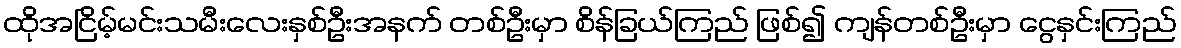
ထိုအငြိမ့်မင်းသမီးလေးနှစ်ဦးအနက် တစ်ဦးမှာ စိန်ခြယ်ကြည် ဖြစ်၍ ကျန်တစ်ဦးမှာ ငွေနှင်းကြည်